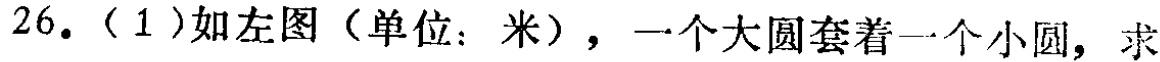
26.（1）如左图（单位：米），一个大圆套着一个小圆，求